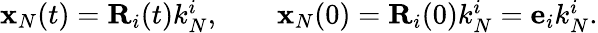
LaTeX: \begin{array}{r}{{\mathbf x}_{N}(t)={\mathbf R}_{i}(t)k_{N}^{i},\qquad{\mathbf x}_{N}(0)={\mathbf R}_{i}(0)k_{N}^{i}={\mathbf e}_{i}k_{N}^{i}.}\end{array}